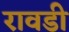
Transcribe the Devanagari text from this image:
रावडी